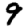
Digit: 9